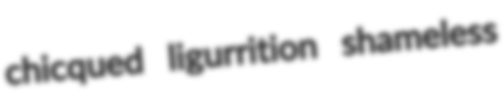
chicqued ligurrition shameless